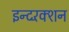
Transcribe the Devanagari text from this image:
इन्टरॅक्शन